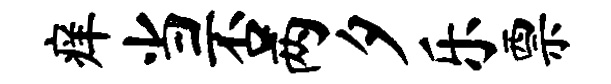
痒当否两夕乐票